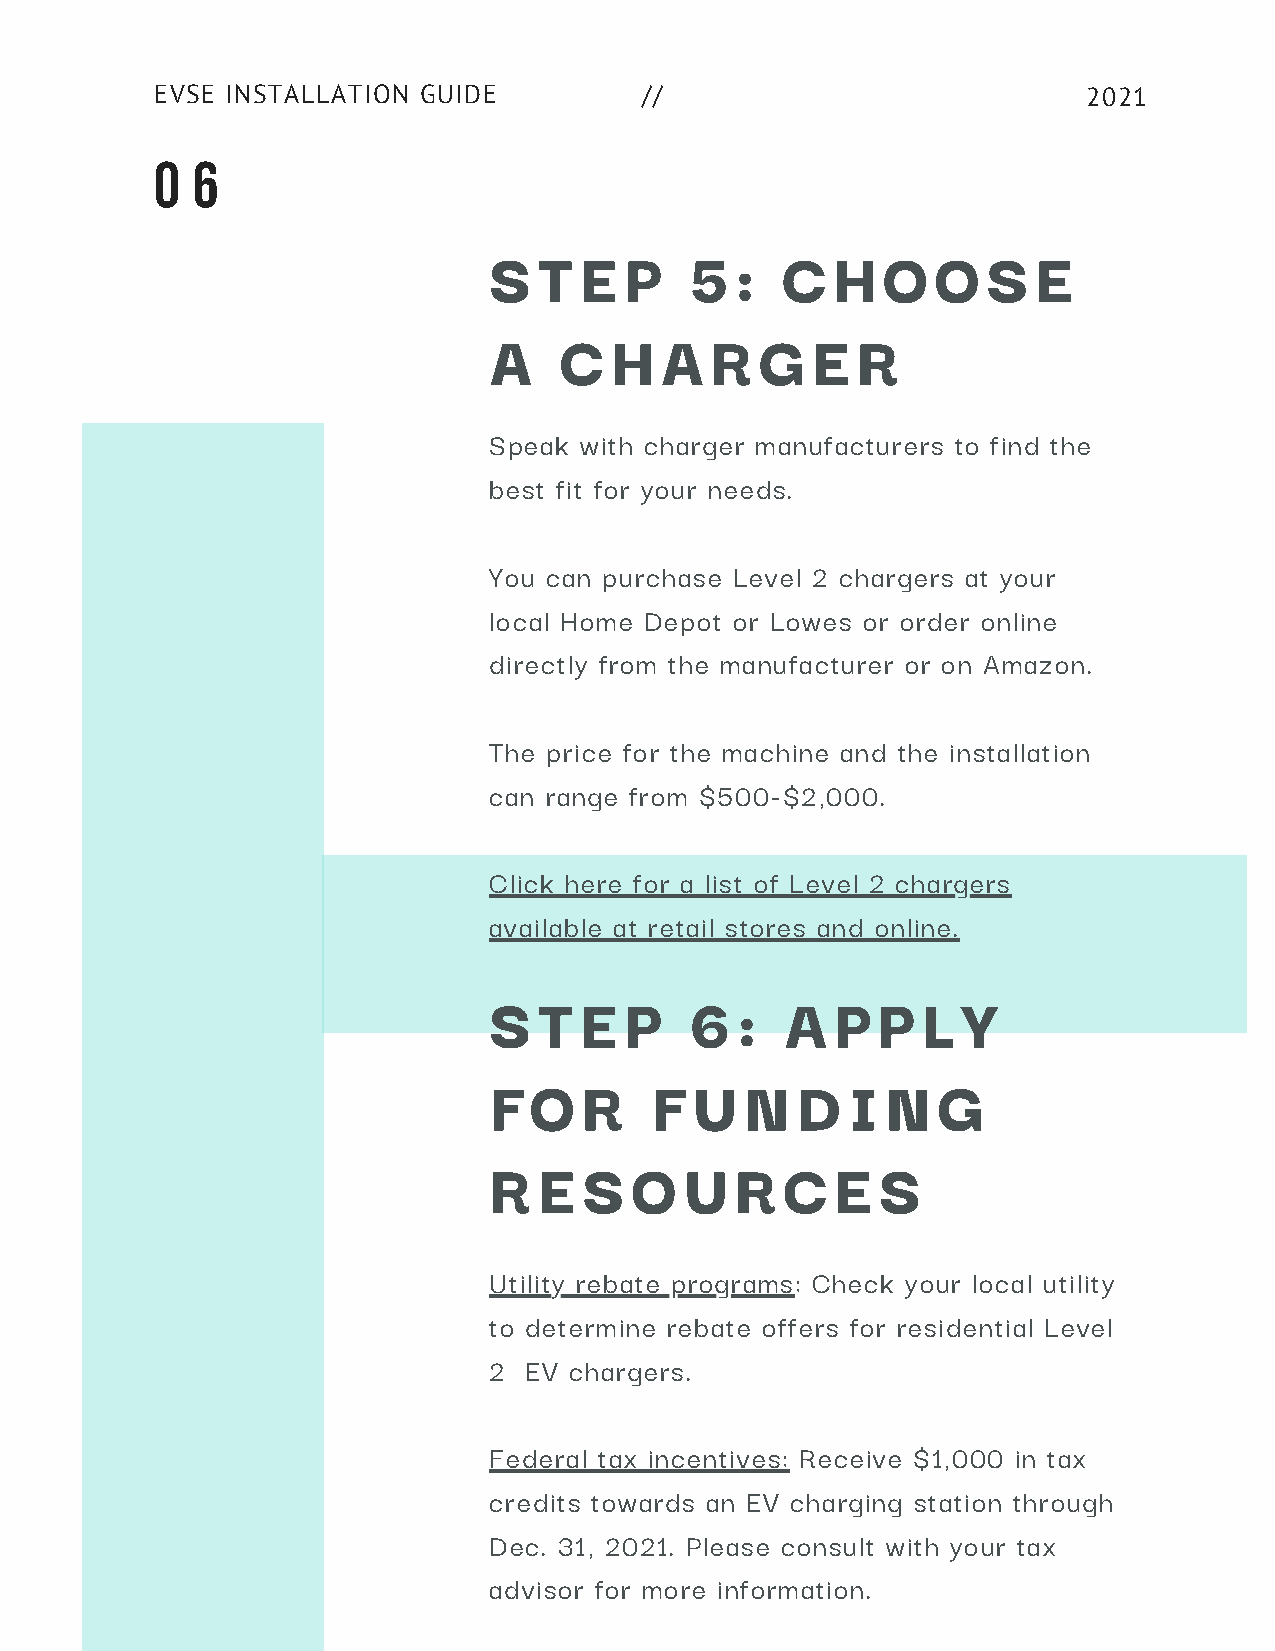
EVSE INSTALLATION GUIDE          //                           2021
 0  6
 S   T E  P    5  :  C  H  O   O  S   E
 A    C  H   A  R  G   E  R
 Speak with charger manufacturers to find the
 best fit for your needs.
 You can purchase Level 2 chargers at your
 local Home Depot or Lowes or order online
 directly from the manufacturer or on Amazon.
 The price for the machine and the installation
 can range from $500-$2,000.
 Click here for a list of Level 2 chargers
 available at retail stores and online.
 S   T E  P    6  :  A  P  P  L  Y
 F  O   R   F  U  N   D  I  N  G
 R   E  S  O  U   R  C  E  S
 Utility rebate programs: Check your local utility
 to determine rebate offers for residential Level
 2  EV chargers.
 Federal tax incentives: Receive $1,000 in tax
 credits towards an EV charging station through
 Dec. 31, 2021. Please consult with your tax
 advisor for more information.